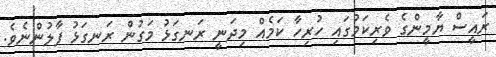
ރައީސް ޔާމީންގެ ވެރިކަމުގައި ހުރިހާ ކަމެއް މިދަނީ ރަނގަޅު މަގުން ރަނގަޅު ފާލުންނެވެ.